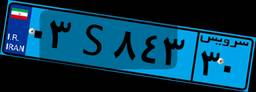
۰۳S۸۴۳۳۰